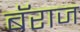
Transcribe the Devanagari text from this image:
बॅराज